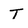
Character: T